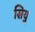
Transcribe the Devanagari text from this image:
सियु